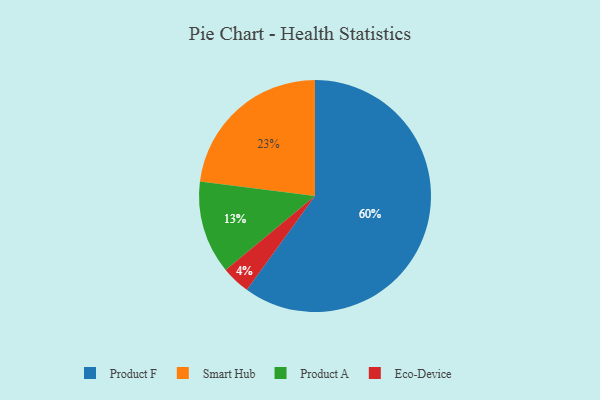
{"axis": {"x": "Category", "y": "Percentage"}, "legend": ["Eco-Device", "Product A", "Product F", "Smart Hub"], "data": [{"x": "Product A", "y": 13, "type": "Product A"}, {"x": "Product F", "y": 60, "type": "Product F"}, {"x": "Eco-Device", "y": 4, "type": "Eco-Device"}, {"x": "Smart Hub", "y": 23, "type": "Smart Hub"}]}